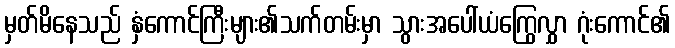
မှတ်မိနေသည် နှံကောင်ကြီးများ၏သက်တမ်းမှာ သွားအပေါ်ယံကြွေလွှာ ဂုံးကောင်၏